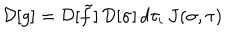
LaTeX: { \cal D } [ g ] = { \cal D } [ \tilde { f } ] \, { \cal D } [ \sigma ] \, d \tau _ { i } \, J ( \sigma , \tau )